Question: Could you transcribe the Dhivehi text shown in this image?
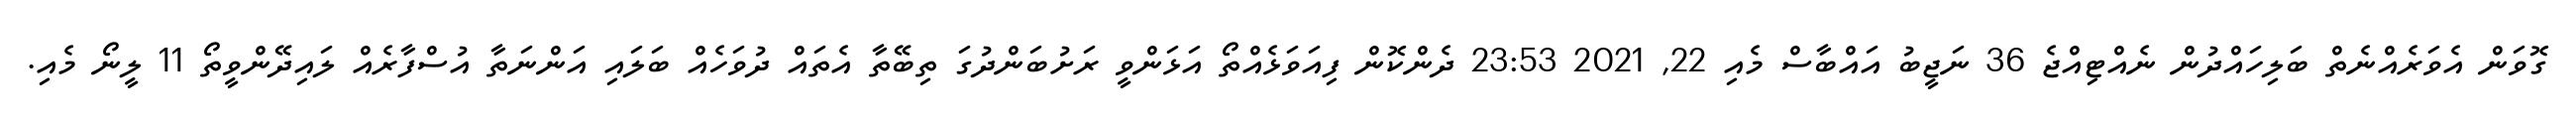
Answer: ގޮވަން އެވަރެއްނެތް ބަލިހައްދުން ނެއްޓިއްޖެ 36 ނަޖީބު އައްބާސް މެއި 22, 2021 23:53 ދެންކޮން ފިއަވަޅެއްތޯ އަޅަންވީ ރަށުބަންދުގަ ތިބޭތާ އެތައް ދުވަހެއް ބަލައި އަންނަތާ އުސްފާރެއް ލައިދޭންވީތޯ 11 ލީނޯ މެއި.